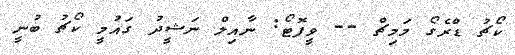
ކޯޗު ޑްރެގޯ މަމިޗް -- ވީފޮޓޯ: ނާއިލް ނަޝީދު ގައުމީ ކޯޗު ބުނީ